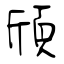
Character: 頎